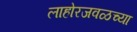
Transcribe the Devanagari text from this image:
लाहोरजवळच्या